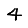
Digit: 4